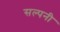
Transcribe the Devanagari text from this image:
सल्पनी